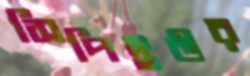
সিপিইউর